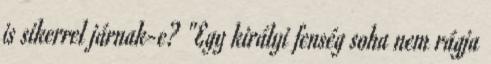
is sikerrel járnak-e? "Egy királyi fenség soha nem rágja